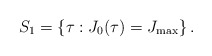
\begin{align*}S_1 = \left \{ \tau : J_0(\tau) = J_{\max} \right \}.\end{align*}